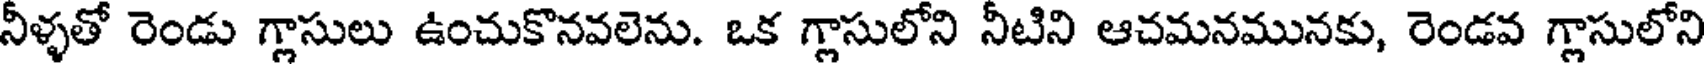
నీళ్ళతో రెండు గ్లాసులు ఉంచుకొనవలెను. ఒక గ్లాసులోని నీటిని ఆచమనమునకు, రెండవ గ్లాసులోని